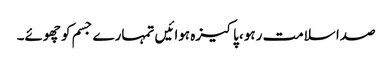
صدا سلامت رہو ،پاکیزہ ہوائیں تمہارے جسم کو چھوئے۔